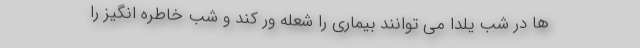
ها در شب یلدا می توانند بیماری را شعله ور کند و شب خاطره انگیز را